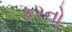
કરનો